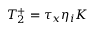
T _ { 2 } ^ { + } = \tau _ { x } \eta _ { i } K